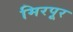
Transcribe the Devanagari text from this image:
मिरपूर